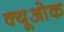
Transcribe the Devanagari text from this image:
क्यूओक